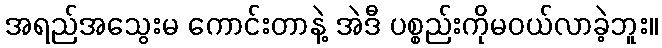
အရည်အသွေးမ ကောင်းတာနဲ့ အဲဒီ ပစ္စည်းကိုမဝယ်လာခဲ့ဘူး။